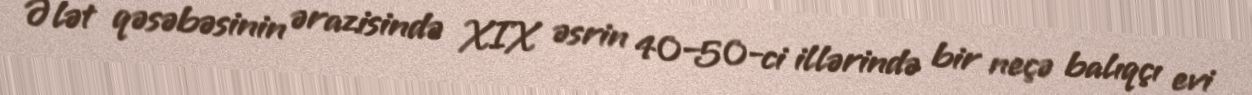
Ələt qəsəbəsinin ərazisində XIX əsrin 40–50-ci illərində bir neçə balıqçı evi